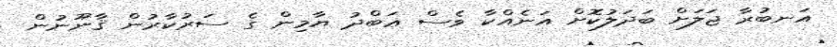
އަނބުރާ ޖަލަށް ބަދަލުކޮށް އަނެއްކާ ވެސް ޢަބްދު ޔާމިން ގެ ސަރުކާރުން ޤާނޫނުން